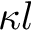
\kappa l